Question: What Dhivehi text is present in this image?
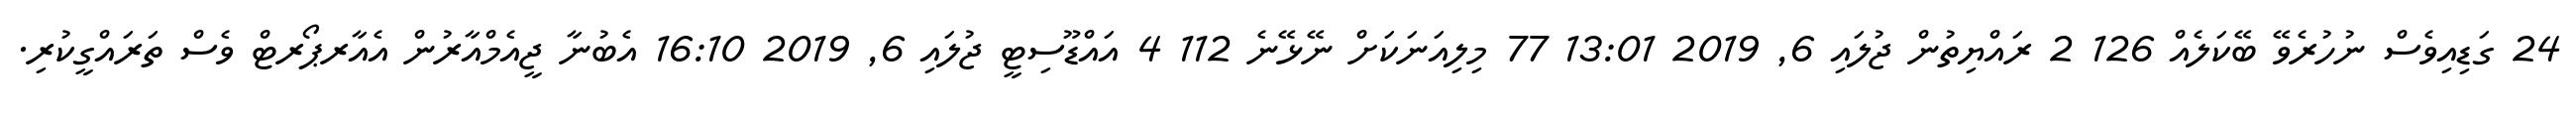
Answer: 24 ގަޑިއިވެސް ނުހުރެވޭ ބޭކަލެއް 126 2 ރައްޔިތުން ޖުލައި 6, 2019 13:01 77 މިލިއަނަކަށް ނޭޅޭނެ 112 4 އައްޑޫސިޓީ ޖުލައި 6, 2019 16:10 އެބުނާ ޖީއެމްއާރުން އެއާރޕޯރޓް ވެސް ތަރައްގީކުރި.